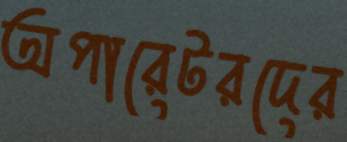
অপারেটরদের